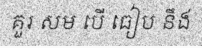
គួរ សម បើ ធៀប នឹង